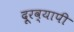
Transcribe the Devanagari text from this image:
दूरव्यापी